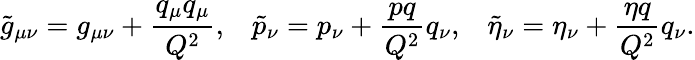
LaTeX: \tilde{g}_{\mu\nu}=g_{\mu\nu}+\frac{q_{\mu}q_{\mu}}{Q^{2}},\; \; \; \tilde{p}_{\nu}=p_{\nu}+\frac{pq}{Q^{2}}q_{\nu},\; \; \; \tilde{\eta}_{\nu}=\eta_{\nu}+\frac{\eta q}{Q^{2}}q_{\nu}.